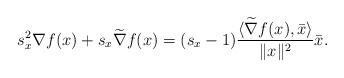
\begin{align*} s_x^2\nabla f(x)+ s_x\widetilde \nabla f(x)=(s_x-1)\frac{\langle \widetilde \nabla f(x), \bar x\rangle }{\|x\|^2} \bar x .\end{align*}